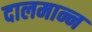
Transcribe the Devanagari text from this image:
दालमान्न